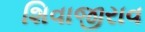
શિવાજીરાવ